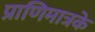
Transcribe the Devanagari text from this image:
प्राणिमात्रके